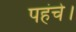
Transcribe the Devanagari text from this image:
पहंचे।